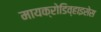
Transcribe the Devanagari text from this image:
मायक्रोडिव्हाइसेस